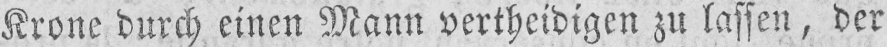
Krone durch einen Mann vertheidigen zu lassen, der